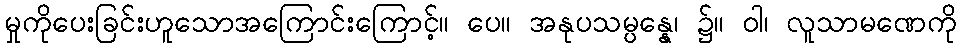
မှုကိုပေးခြင်းဟူသောအကြောင်းကြောင့်။ ပေ။ အနုပသမ္ပန္နေ၊ ၌။ ဝါ၊ လူသာမဏေကို